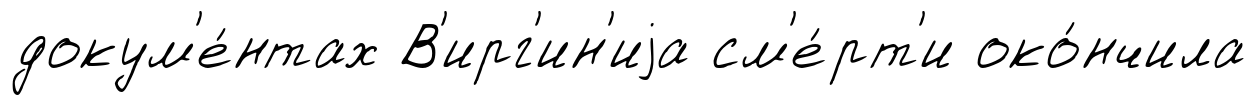
докум'е́нтах В'ирг'ин'иjа см'е́рт'и око́нчила